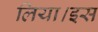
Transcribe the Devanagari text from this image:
लिया।इस